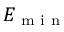
E _ { \textrm { m i n } }